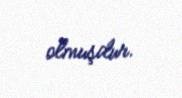
olmuşdur.